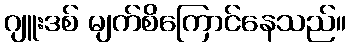
ဂျူးဒစ် မျက်စိကြောင်နေသည်။